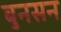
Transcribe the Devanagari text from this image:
बुनसन